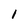
Character: i